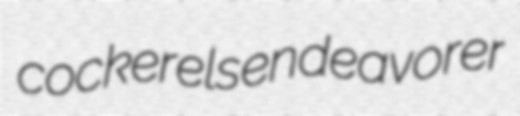
cockerels endeavorer